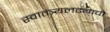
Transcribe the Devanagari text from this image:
स्वातंत्र्यलढ्याची